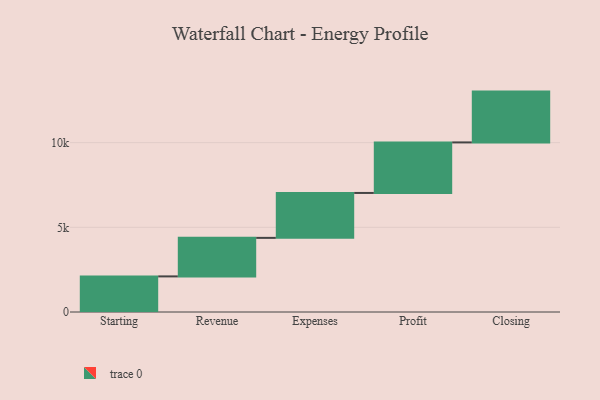
{"axis": {"x": "Step", "y": "Value"}, "legend": [""], "data": [{"x": "Starting", "y": 2102.0, "type": ""}, {"x": "Revenue", "y": 2275.0, "type": ""}, {"x": "Expenses", "y": 2652.0, "type": ""}, {"x": "Profit", "y": 2984.0, "type": ""}, {"x": "Closing", "y": 3000, "type": ""}]}